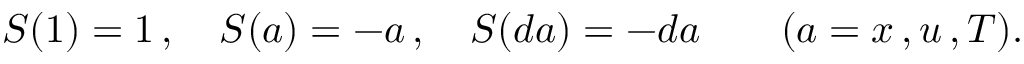
S ( 1 ) = 1 \, , \ \ \ S ( a ) = - a \, , \ \ \ S ( d a ) = - d a \ \ \ \ \ \ ( a = x \, , u \, , T ) .